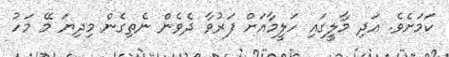
ކަމަށެވެ. އަދި މާލީގައި ހަލީމާއަށް ފަރުވާ ދެވެން ނެތިގެން މިދިޔަ މޭ މަހު